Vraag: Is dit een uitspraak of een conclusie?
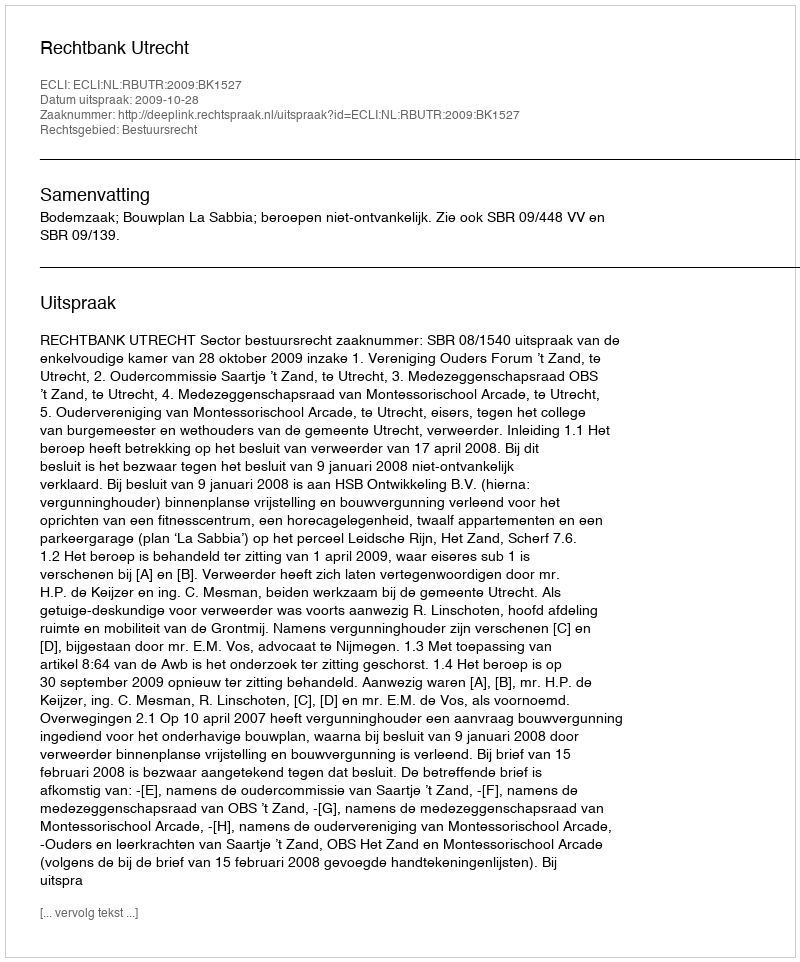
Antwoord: Uitspraak